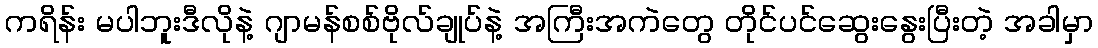
ကရိန်း မပါဘူးဒီလိုနဲ့ ဂျာမန်စစ်ဗိုလ်ချုပ်နဲ့ အကြီးအကဲတွေ တိုင်ပင်ဆွေးနွေးပြီးတဲ့ အခါမှာ